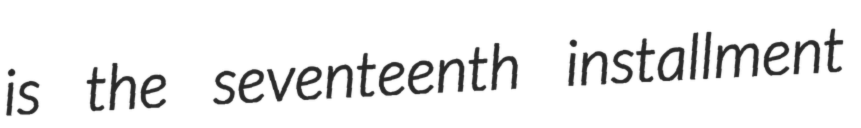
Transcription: is the seventeenth installment